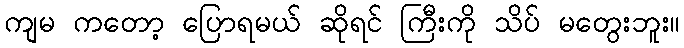
ကျမ ကတော့ ပြောရမယ် ဆိုရင် ကြီးကို သိပ် မတွေးဘူး။